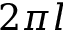
2 \pi l